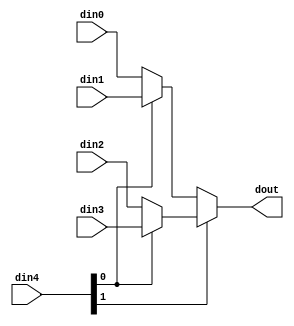
// ==============================================================
// File generated by Vivado(TM) HLS - High-Level Synthesis from C, C++ and SystemC
// Version: 2018.1
// Copyright (C) 1986-2018 Xilinx, Inc. All Rights Reserved.
// 
// ==============================================================


`timescale 1ns/1ps

module rs_erasure_mux_42Xh4 #(
parameter
    ID                = 0,
    NUM_STAGE         = 1,
    din0_WIDTH       = 32,
    din1_WIDTH       = 32,
    din2_WIDTH       = 32,
    din3_WIDTH       = 32,
    din4_WIDTH         = 32,
    dout_WIDTH            = 32
)(
    input  [15 : 0]     din0,
    input  [15 : 0]     din1,
    input  [15 : 0]     din2,
    input  [15 : 0]     din3,
    input  [1 : 0]    din4,
    output [15 : 0]   dout);

// puts internal signals
wire [1 : 0]     sel;
// level 1 signals
wire [15 : 0]         mux_1_0;
wire [15 : 0]         mux_1_1;
// level 2 signals
wire [15 : 0]         mux_2_0;

assign sel = din4;

// Generate level 1 logic
assign mux_1_0 = (sel[0] == 0)? din0 : din1;
assign mux_1_1 = (sel[0] == 0)? din2 : din3;

// Generate level 2 logic
assign mux_2_0 = (sel[1] == 0)? mux_1_0 : mux_1_1;

// output logic
assign dout = mux_2_0;

endmodule